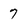
Character: 7